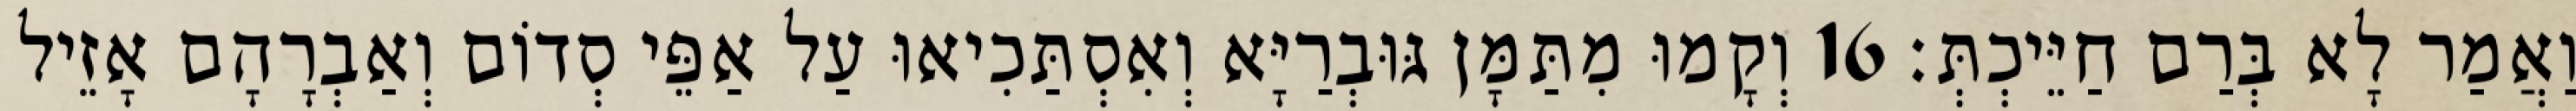
וַאֲמַר לָא בְּרַם חַיֵּיכְתְּ׃ 16 וְקָמוּ מִתַּמָּן גּוּבְרַיָּא וְאִסְתַּכִיאוּ עַל אַפֵּי סְדוֹם וְאַבְרָהָם אָזֵיל